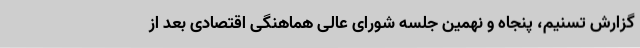
گزارش تسنیم، پنجاه و نهمین جلسه شورای عالی هماهنگی اقتصادی بعد از